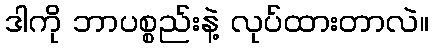
ဒါကို ဘာပစ္စည်းနဲ့ လုပ်ထားတာလဲ။